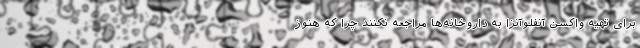
برای تهیه واکسن آنفلوآنزا به داروخانه‌ها مراجعه نکنند چرا که هنوز